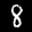
Label: 8